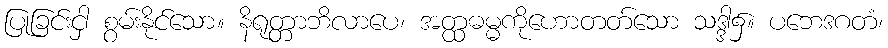
ပြုခြင်းငှါ စွမ်းနိုင်သော။ နိရုတ္တာဘိလာပေ၊ အတ္ထဓမ္မကိုဟောတတ်သော သဒ္ဒါ၌။ ပဘေဒဂတံ၊